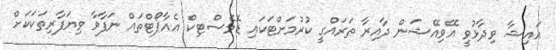
އައިޝާ ވިދާޅުވީ އޭވިއޭޝަން ދާއިރާ ތަރައްގީ ކުރުމަށްޓަކައި ޑޮމެސްޓިކް އެއާޕޯޓްތައް ނަފާވާ ވިޔަފާރިތަކަކަށް